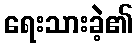
ရေးသားခဲ့၏